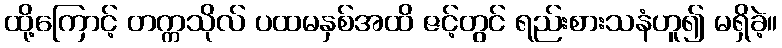
ထို့ကြောင့် တက္ကသိုလ် ပထမနှစ်အထိ ဇင့်တွင် ရည်းစားသနံဟူ၍ မရှိခဲ့။